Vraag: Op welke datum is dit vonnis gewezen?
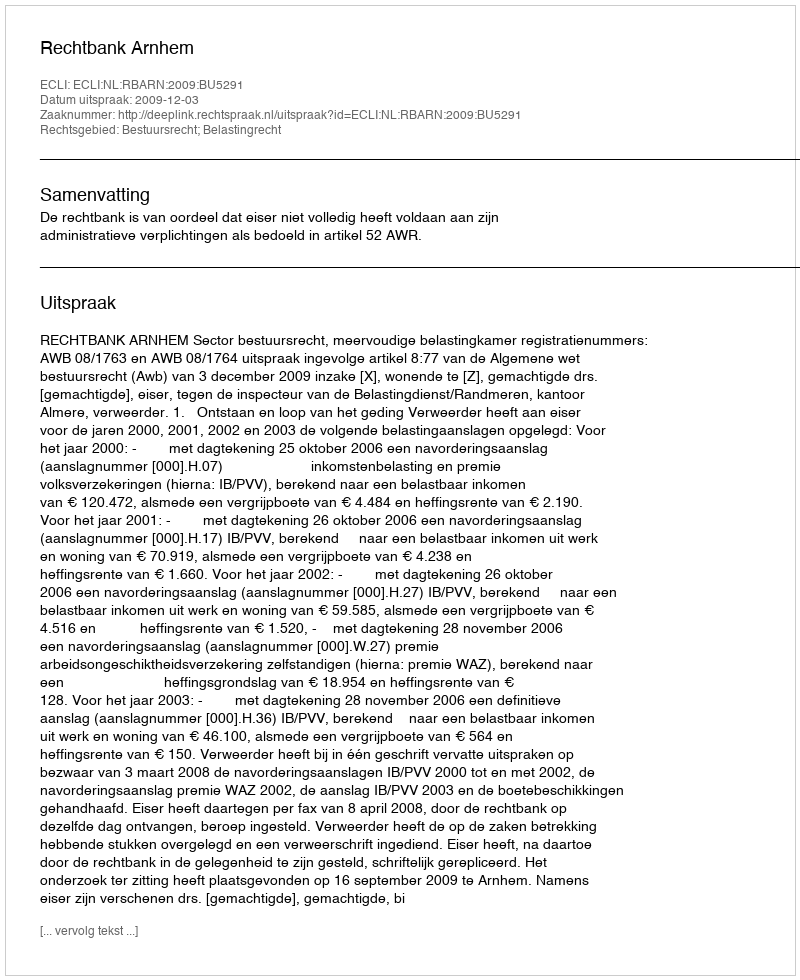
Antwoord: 2009-12-03